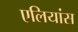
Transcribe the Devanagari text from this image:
एलियांस